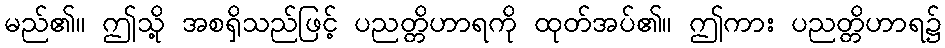
မည်၏။ ဤသို့ အစရှိသည်ဖြင့် ပညတ္တိဟာရကို ထုတ်အပ်၏။ ဤကား ပညတ္တိဟာရ၌